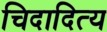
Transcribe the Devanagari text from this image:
चिदादित्य